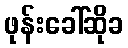
ဖုန်းခေါ်ဆိုခ